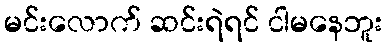
မင်းလောက် ဆင်းရဲရင် ငါမနေဘူး